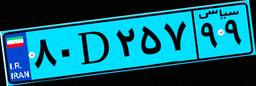
۸۰D۲۵۷۹۹